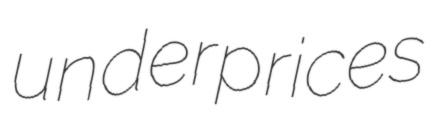
underprices